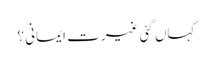
کہاں گئی غیرت ایمانی ؟